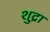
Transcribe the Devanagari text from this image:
शुद्रा